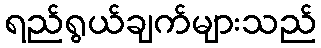
ရည်ရွယ်ချက်များသည်